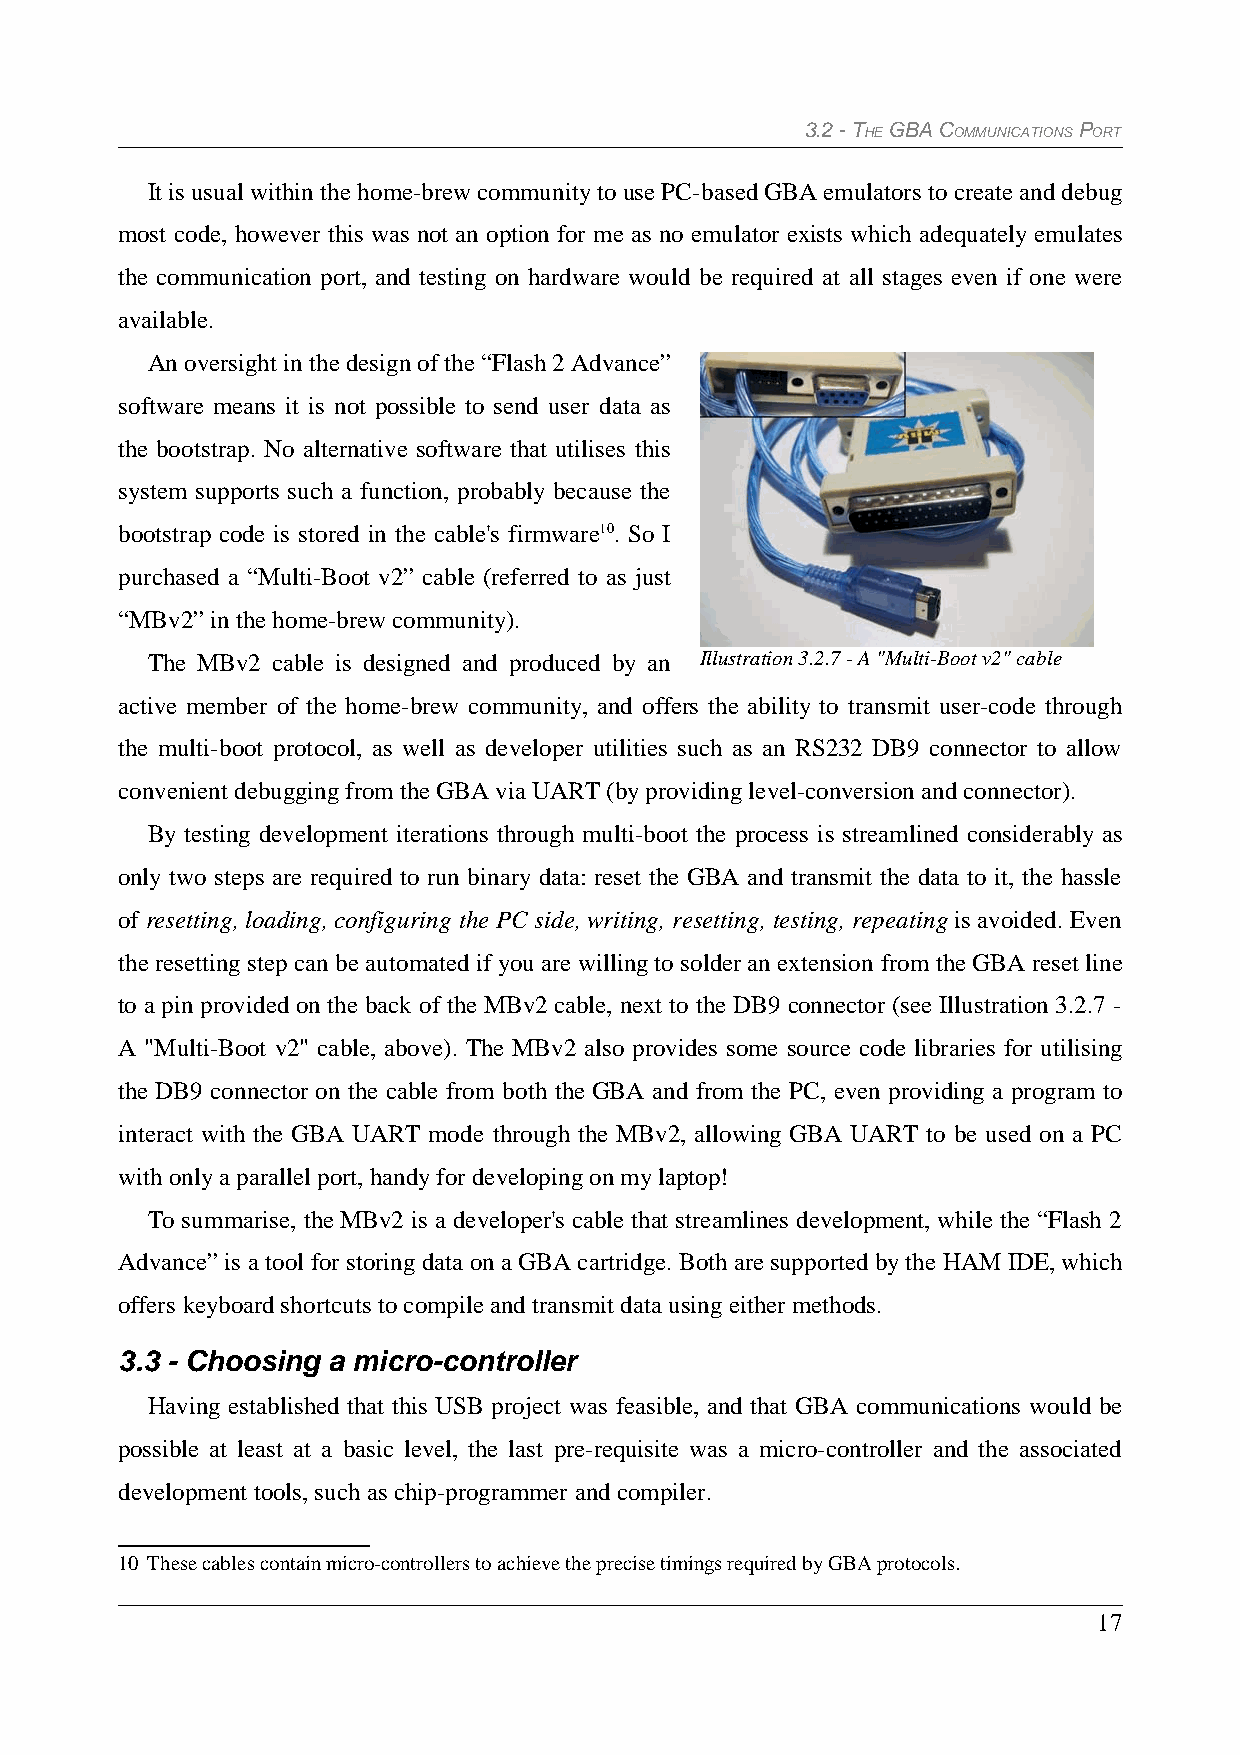
3.2 - THE GBA COMMUNICATIONS PORT
 It is usual within the home-brew community to use PC-based GBA emulators to create and debug
 most code, however this was not an option for me as no emulator exists which adequately emulates
 the communication port, and testing on hardware would be required at all stages even if one were
 available.
 An oversight in the design of the “Flash 2 Advance”
 software means it is not possible to send user data as
 the bootstrap. No alternative software that utilises this
 system supports such a function, probably because the
 bootstrap code is stored in the cable's firmware10. So I
 purchased a “Multi-Boot v2” cable (referred to as just
 “MBv2” in the home-brew community).
 The MBv2 cable is designed and produced by an Illustration 3.2.7 - A "Multi-Boot v2" cable
 active member of the home-brew community, and offers the ability to transmit user-code through
 the multi-boot protocol, as well as developer utilities such as an RS232 DB9 connector to allow
 convenient debugging from the GBA via UART (by providing level-conversion and connector).
 By testing development iterations through multi-boot the process is streamlined considerably as
 only two steps are required to run binary data: reset the GBA and transmit the data to it, the hassle
 of resetting, loading, configuring the PC side, writing, resetting, testing, repeating is avoided. Even
 the resetting step can be automated if you are willing to solder an extension from the GBA reset line
 to a pin provided on the back of the MBv2 cable, next to the DB9 connector (see Illustration 3.2.7 -
 A "Multi-Boot v2" cable, above). The MBv2 also provides some source code libraries for utilising
 the DB9 connector on the cable from both the GBA and from the PC, even providing a program to
 interact with the GBA UART mode through the MBv2, allowing GBA UART to be used on a PC
 with only a parallel port, handy for developing on my laptop!
 To summarise, the MBv2 is a developer's cable that streamlines development, while the “Flash 2
 Advance” is a tool for storing data on a GBA cartridge. Both are supported by the HAM IDE, which
 offers keyboard shortcuts to compile and transmit data using either methods.
 3.3 - Choosing a micro-controller
 Having established that this USB project was feasible, and that GBA communications would be
 possible at least at a basic level, the last pre-requisite was a micro-controller and the associated
 development tools, such as chip-programmer and compiler.
 10 These cables contain micro-controllers to achieve the precise timings required by GBA protocols.
 17